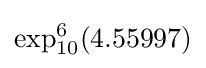
\exp _{10}^{6}(4.55997)